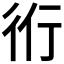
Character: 𧗞